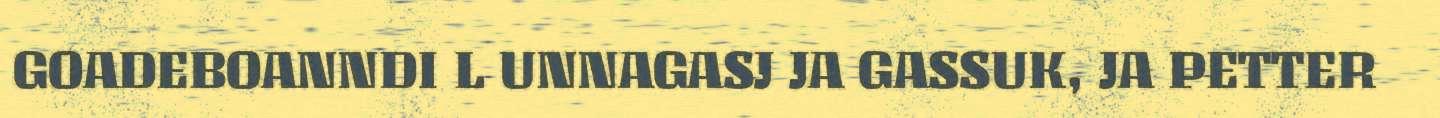
GOADEBOANNDI L UNNAGASJ JA GASSUK, JA PETTER